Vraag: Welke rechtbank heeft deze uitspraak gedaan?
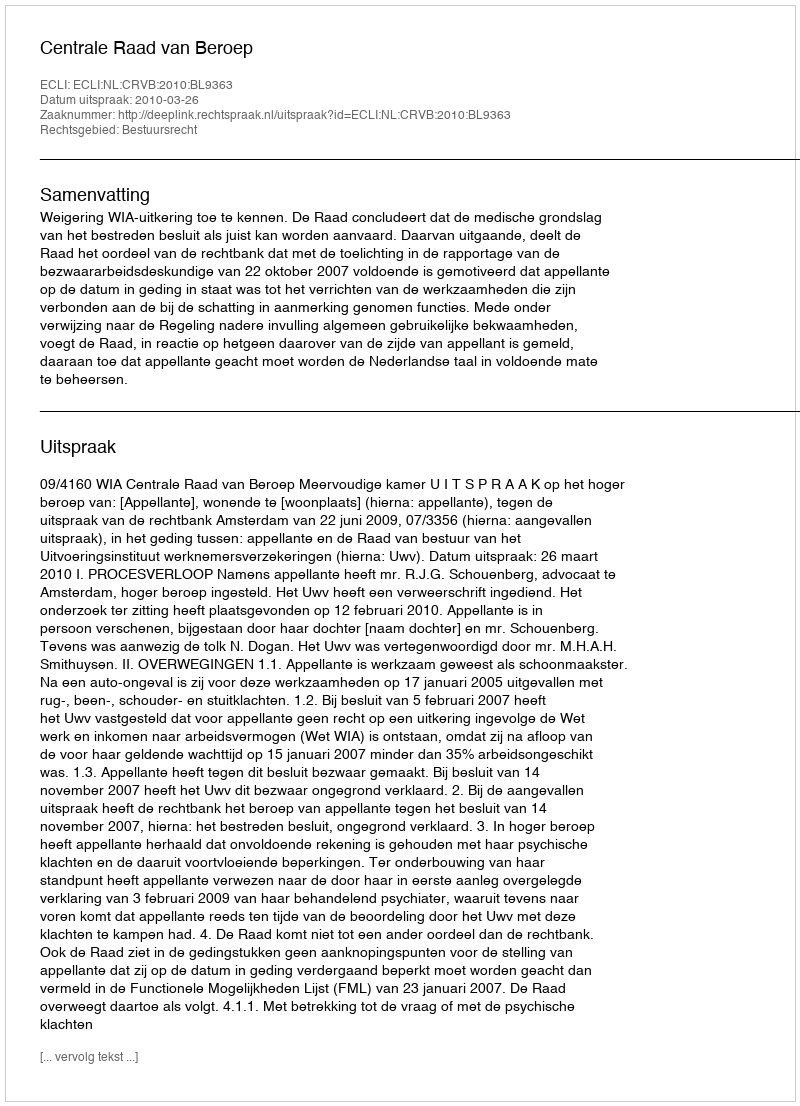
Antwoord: Centrale Raad van Beroep